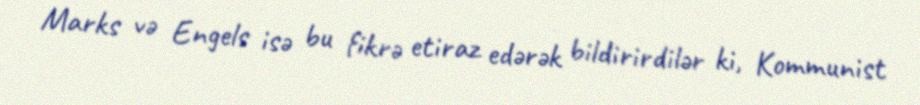
Marks və Engels isə bu fikrə etiraz edərək bildirirdilər ki, Kommunist